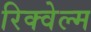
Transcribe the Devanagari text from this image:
रिक्वेल्म